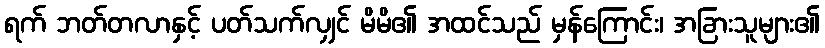
ရက် ဘတ်တလာနှင့် ပတ်သက်လျှင် မိမိ၏ အထင်သည် မှန်ကြောင်း၊ အခြားသူများ၏